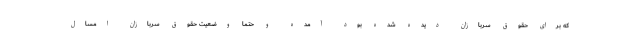
که برای حقوق سربازان دیده شده بود آمده و حتما وضعیت حقوق سربازان امسال